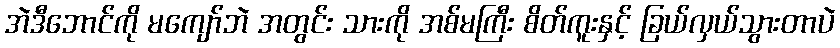
အဲဒီဘောင်ကို မကျော်ဘဲ အတွင်း သားကို အစ်မကြီး စိတ်ကူးနှင့် ခြယ်လှယ်သွားတာပဲ